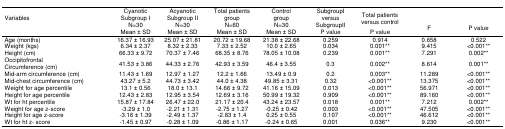
<table><thead><tr><td><b>Variables</b></td><td><b>Cyanotic Subgroup I N=30 Mean ± SD</b></td><td><b>Acyanotic Subgroup II N=30 Mean ± SD</b></td><td><b>Total patients group N=60 Mean ± SD</b></td><td><b>Control group N=30 Mean ± SD</b></td><td><b>SubgroupI versus SubgroupII P value</b></td><td><b>Total patients versus control P value</b></td><td><b>F</b></td><td><b>P value</b></td></tr></thead><tbody><tr><td>Age (months)</td><td>16.37 ± 16.93</td><td>25.07 ± 21.81</td><td>20.72 ± 19.68</td><td>21.38 ± 22.68</td><td>0.259</td><td>0.914</td><td>0.658</td><td>0.522</td></tr><tr><td>Weight (kgs)</td><td>6.34 ± 2.37</td><td>8.32 ± 2.33</td><td>7.33 ± 2.52</td><td>10.0 ± 2.65</td><td>0.034</td><td>0.001**</td><td>9.415</td><td>&lt;0.001**</td></tr><tr><td>Height (cm)</td><td>66.33 ± 9.72</td><td>70.37 ± 7.46</td><td>68.35 ± 8.76</td><td>78.05 ± 10.08</td><td>0.239</td><td>0.001**</td><td>7.291</td><td>0.002**</td></tr><tr><td>Occipitofrontal Circumference (cm)</td><td>41.53 ± 3.86</td><td>44.33 ± 2.76</td><td>42.93 ± 3.59</td><td>46.4 ± 3.55</td><td>0.3</td><td>0.002**</td><td>8.614</td><td>0.001**</td></tr><tr><td>Mid-arm circumference (cm)</td><td>11.43 ± 1.69</td><td>12.97 ± 1.27</td><td>12.2 ± 1.66</td><td>13.49 ± 0.9</td><td>0.2</td><td>0.003**</td><td>11.289</td><td>&lt;0.001**</td></tr><tr><td>Mid-chest circumference (cm)</td><td>43.27 ± 5.2</td><td>44.73 ± 3.42</td><td>44.0 ± 4.38</td><td>49.85 ± 3.31</td><td>0.32</td><td>&lt;0.001**</td><td>13.375</td><td>&lt;0.001**</td></tr><tr><td>Weight for age percentile</td><td>13.1 ± 0.56</td><td>18.0 ± 13.1</td><td>14.66 ± 9.72</td><td>41.16 ± 15.09</td><td>0.013</td><td>&lt;0.001**</td><td>56.971</td><td>&lt;0.001**</td></tr><tr><td>Height for age percentile</td><td>12.43 ± 2.83</td><td>12.95 ± 3.54</td><td>12.69 ± 3.16</td><td>50.99 ± 19.32</td><td>0.909</td><td>&lt;0.001**</td><td>89.160</td><td>&lt;0.001**</td></tr><tr><td>Wt for ht percentile</td><td>15.87 ± 17.84</td><td>26.47 ± 22.0</td><td>21.17 ± 20.4</td><td>43.24 ± 23.57</td><td>0.018</td><td>0.001**</td><td>7.212</td><td>0.002**</td></tr><tr><td>Weight for age z-score</td><td>-3.29 ± 1.0</td><td>-2.21 ± 1.31</td><td>-2.75 ± 1.27</td><td>-0.25 ± 0.42</td><td>0.003</td><td>&lt;0.001**</td><td>47.505</td><td>&lt;0.001**</td></tr><tr><td>Height for age z-score</td><td>-3.16 ± 1.39</td><td>-2.49 ± 1.37</td><td>-2.83 ± 1.4</td><td>0.25 ± 0.55</td><td>0.107</td><td>&lt;0.001**</td><td>46.612</td><td>&lt;0.001**</td></tr><tr><td>Wt for ht z- score</td><td>-1.45 ± 0.97</td><td>-0.28 ± 1.09</td><td>-0.86 ± 1.17</td><td>-0.24 ± 0.65</td><td>0.001</td><td>0.036**</td><td>9.230</td><td>&lt;0.001**</td></tr></tbody></table>